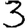
Digit: 3